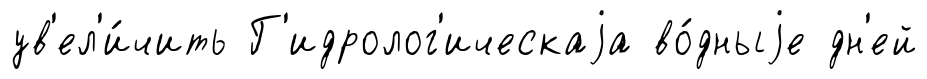
ув'ел'и́чить Г'идролог'ическаjа во́дныjе дн'ей